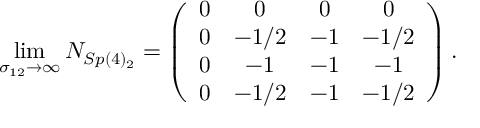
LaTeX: \operatorname * { l i m } _ { \sigma _ { 1 2 } \rightarrow \infty } N _ { S p ( 4 ) _ { 2 } } = \left( \begin{array} { c c c c } { { 0 } } & { { 0 } } & { { 0 } } & { { 0 } } \\ { { 0 } } & { { - 1 / 2 } } & { { - 1 } } & { { - 1 / 2 } } \\ { { 0 } } & { { - 1 } } & { { - 1 } } & { { - 1 } } \\ { { 0 } } & { { - 1 / 2 } } & { { - 1 } } & { { - 1 / 2 } } \end{array} \right) .